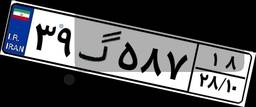
۰۵گ۸۹۹۷۹